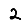
Digit: 2